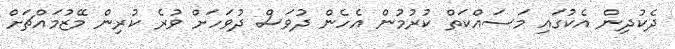
ދެކުދިން އެކުގައި މަސައްކަތް ކުރުމުން އެހެން ދުވަސް ދުވަހަށް ވުރެ ކުރިން މޭޒުމައްޗަށް